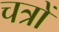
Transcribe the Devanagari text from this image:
चत्रों